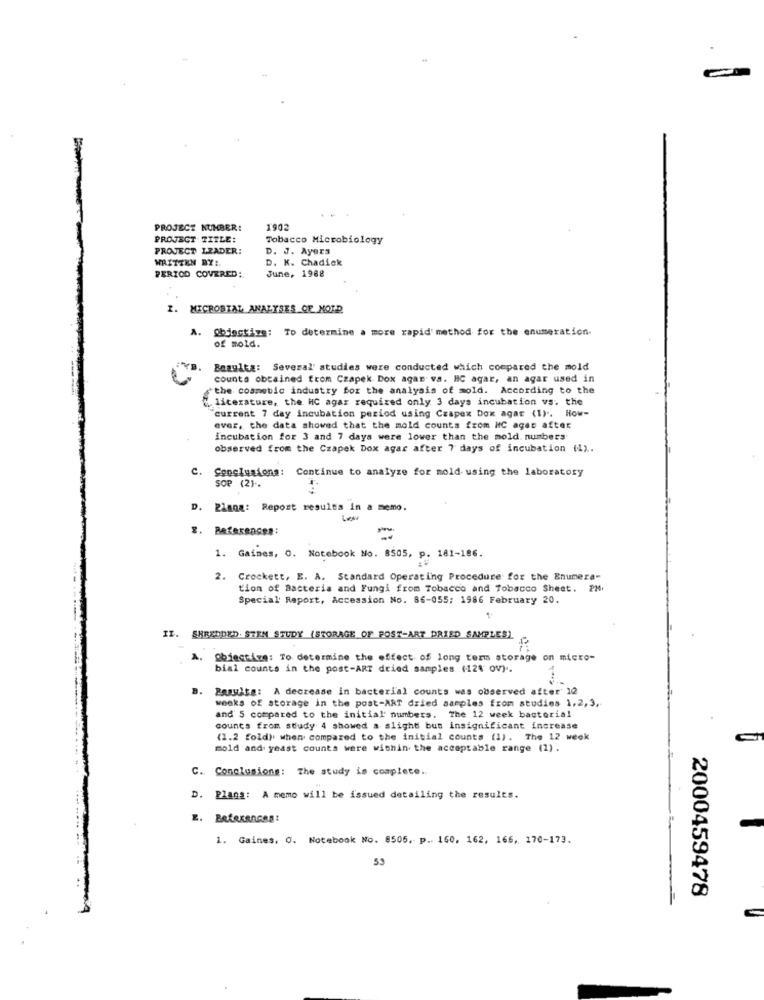
PROJECT NUMBER:
1902
PROJECT TITLE:
Tobacco Microbiology
PROJECT LEADER:
D. J. Ayers
WRITTEN BY:
D. K. Chadick
June, 1988
PERIOD COVERED:
I. MICROBIAL ANALYSES OF NOTD
A.
Objective: To determine a more rapid' method for the enumeration.
of mold.
Bezulta: Several' studies were conducted which compared the mold
counts obtained from Czapek Dox agar va. HC agar, an agar used in
the cosmetic industry for the analysis of mold. According to the
literature, the HC agar required only 3 days incubation vs. the
"current 7 day incubation period using Czapex Dox agar (1) .. How-
ever, the data showed that the mold counts from HC ages after
incubation for 3 and 7 days were lower than the mold. numbers
observed from the Czapek Dox agar after 7 days of incubation (1) ..
c.
Conclusions: Continue to analyze for mold using the laboratory
SOP (2) -.
D. Plana: Report results in a memo.
2. References:
-
. 181-186.
1. Gaines, 0. Notebook No. 8505,
2. Crockett, E. A. Standard Operating Procedure for the Enumera-
tion of Bacteria and Fungi from Tobacco and Tobacco Sheet. P24.
Special Report, Accession No. 86-055; 1986 February 20.
SHREDDED. STEN STUDY (STORAGE OF POST-ART DRIED SAMPLES)
Obiectize: To determine the effect of long term storage on micro-
bial counts in the post-ART dried samples (12% ov) ..
B. Results: A decrease in bacterial counts was observed after 12
weeks of storage in the post-ART dried samples from studies 1,2, 3.
and 5 compared to the initial numbers. The 12 week bacterial
counts from study 4 showed a slight bus insignificant increase
(1.2 fold) when compared to the initial counts (1). The 12 week
mold and yeast counts were wishin the acceptable range (1) .
C. Conclusions: The study is complete.
D. Plans: A memo will be issued detailing the results.
Betekencon:
1. Gaines, O. Notebook No. 8505, p .. 160. 162, 166, 170-173.
2000459478